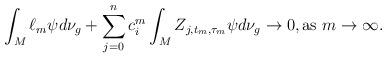
LaTeX: \begin{align*}\int_M \ell_m \psi d\nu_g+\sum_{j=0}^n c_i^m\int_M Z_{j,t_m,\tau_m}\psi d\nu_g\to 0,\mbox{as }m\to \infty.\end{align*}